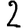
Digit: 2